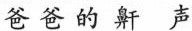
爸爸的鼾声